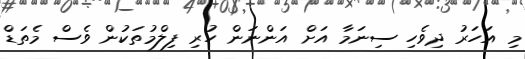
މި އަހަރު ދިވެހި ސިނަމާ އަށް އަންނަން ހުރި ފިލްމުތަކުން ވެސް މެތަޑް